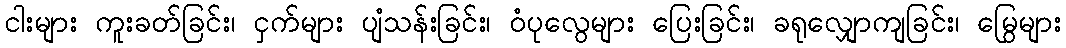
ငါးများ ကူးခတ်ခြင်း၊ ငှက်များ ပျံသန်းခြင်း၊ ဝံပုလွေများ ပြေးခြင်း၊ ခရုလျှောကျခြင်း၊ မြွေများ